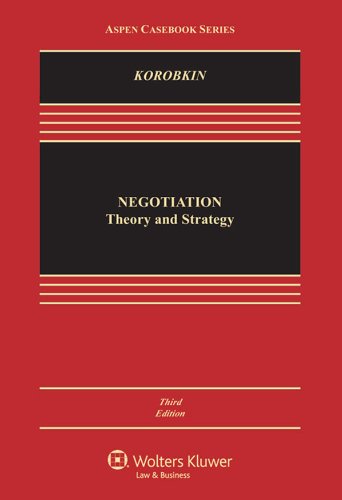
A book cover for Negotiation: Theory & Strategy, Third Edition (Aspen Casebook Series); Russell Korobkin; Law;